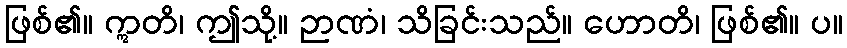
ဖြစ်၏။ ဣတိ၊ ဤသို့။ ဉာဏံ၊ သိခြင်းသည်။ ဟောတိ၊ ဖြစ်၏။ ပ။